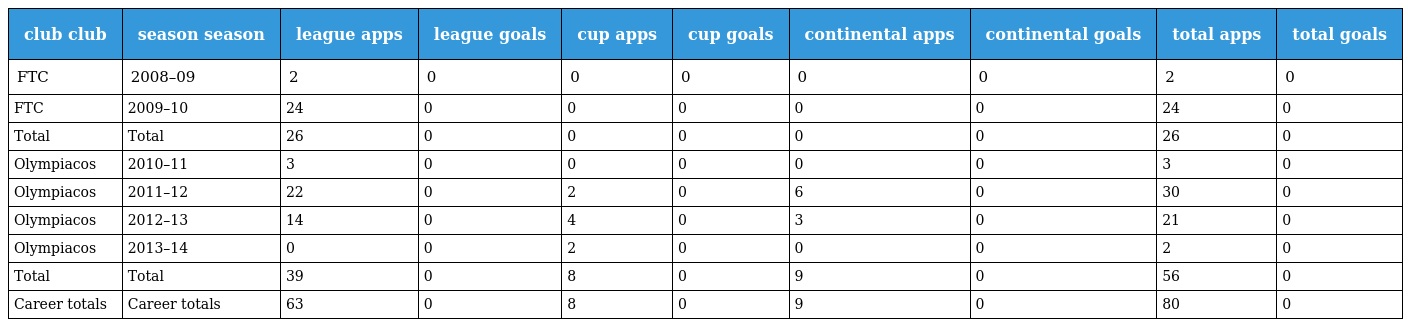
| club club | season season | league apps | league goals | cup apps | cup goals | continental apps | continental goals | total apps | total goals |
 | --- | --- | --- | --- | --- | --- | --- | --- | --- | --- |
 | FTC | 2008–09 | 2 | 0 | 0 | 0 | 0 | 0 | 2 | 0 |
 | FTC | 2009–10 | 24 | 0 | 0 | 0 | 0 | 0 | 24 | 0 |
 | Total | Total | 26 | 0 | 0 | 0 | 0 | 0 | 26 | 0 |
 | Olympiacos | 2010–11 | 3 | 0 | 0 | 0 | 0 | 0 | 3 | 0 |
 | Olympiacos | 2011–12 | 22 | 0 | 2 | 0 | 6 | 0 | 30 | 0 |
 | Olympiacos | 2012–13 | 14 | 0 | 4 | 0 | 3 | 0 | 21 | 0 |
 | Olympiacos | 2013–14 | 0 | 0 | 2 | 0 | 0 | 0 | 2 | 0 |
 | Total | Total | 39 | 0 | 8 | 0 | 9 | 0 | 56 | 0 |
 | Career totals | Career totals | 63 | 0 | 8 | 0 | 9 | 0 | 80 | 0 |